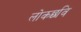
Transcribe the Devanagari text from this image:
लोकछवि